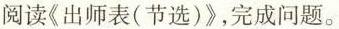
阅读《出师表(节选)》，完成问题。